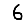
Digit: 6